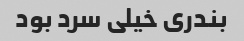
بندری خیلی سرد بود